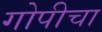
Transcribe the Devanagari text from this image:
गोपीचा